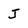
Character: J